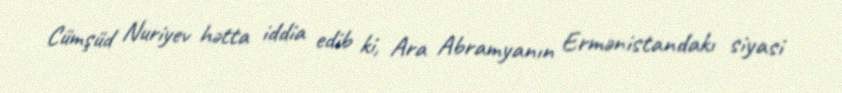
Cümşüd Nuriyev hətta iddia edib ki, Ara Abramyanın Ermənistandakı siyasi